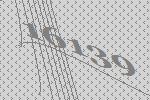
16139